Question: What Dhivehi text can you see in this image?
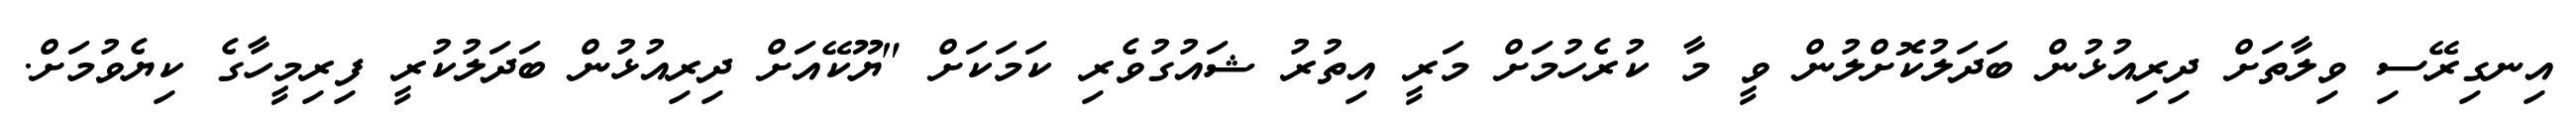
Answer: އިނގިރޭސި ވިލާތަށް ދިރިއުޅުން ބަދަލުކޮށްލުން ވީ މާ ކުރެހުމަށް މަރީ އިތުރު ޝައުގުވެރި ކަމަކަށް "ޔޫކޭއަށް ދިރިއުޅުން ބަދަލުކުރީ ފިރިމީހާގެ ކިޔެވުމަށް.